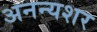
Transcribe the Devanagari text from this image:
अनन्यशर